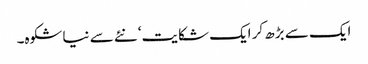
ایک سے بڑھ کر ایک شکایت‘ نئے سے نیا شکوہ۔